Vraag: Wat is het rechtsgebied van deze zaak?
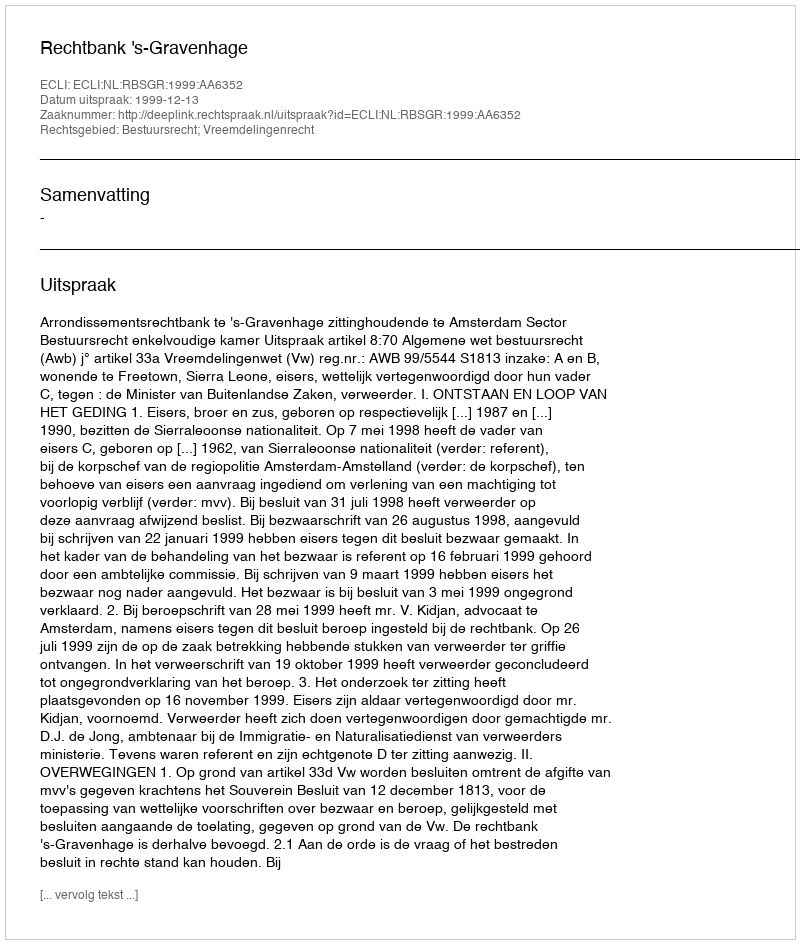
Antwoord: Bestuursrecht; Vreemdelingenrecht